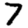
Digit: 7